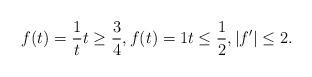
LaTeX: \begin{align*}f(t)=\frac{1}{t}t\geq \frac{3}{4},f(t)=1t\leq \frac{1}{2},|f'|\leq 2.\end{align*}